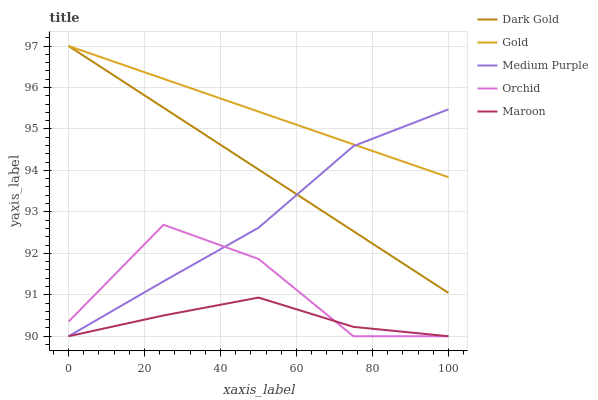
| xaxis_label | Dark Gold | Gold | Medium Purple | Orchid | Maroon |
 | --- | --- | --- | --- | --- | --- |
 | 0 | 97 | 97 | 90 | 90.4 | 90 |
 | 25 | 95.5 | 96.2 | 91.3 | 92.7 | 90.5 |
 | 50 | 94 | 95.4 | 92.6 | 91.9 | 90.9 |
 | 75 | 92.5 | 94.6 | 94.6 | 90 | 90.2 |
 | 100 | 91 | 93.8 | 95.5 | 90 | 90 |